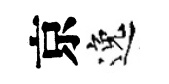
京逸